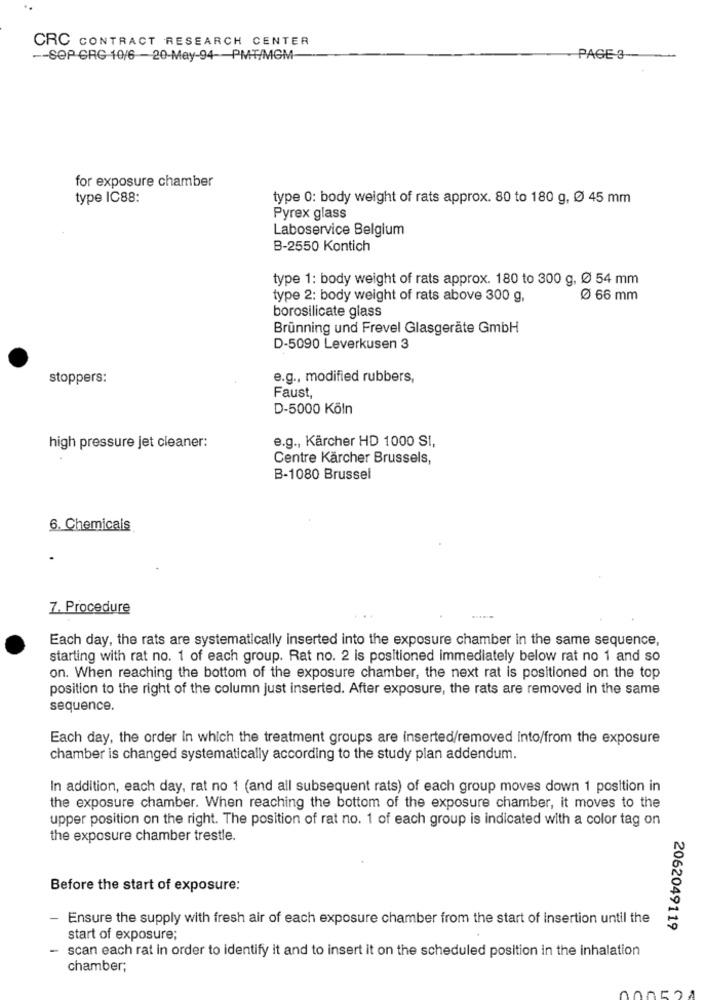
CRC CONTRACT RESEARCH CENTER
-- SOP CRG 10/6 - 20-May-94-PMT/MGM
PAGE 3-
for exposure chamber
type IC88:
type 0: body weight of rats approx. 80 to 180 g, Ø 45 mm
Pyrex glass
Laboservice Belgium
B-2550 Kontich
type 1: body weight of rats approx. 180 to 300 g, Ø 54 mm
type 2: body weight of rats above 300 g,
Ø 66 mm
borosilicate glass
Brunning und Frevel Glasgeräte GmbH
D-5090 Leverkusen 3
stoppers:
e.g ., modified rubbers,
Faust
D-5000 Köln
e.g ., Kärcher HD 1000 SI,
high pressure jet cleaner:
Centre Kärcher Brussels,
B-1080 Brussel
6. Chemicals
.
7. Procedure
Each day, the rats are systematically inserted into the exposure chamber in the same sequence,
starting with rat no. 1 of each group. Rat no. 2 is positioned immediately below rat no 1 and so
on. When reaching the bottom of the exposure chamber, the next rat is positioned on the top
position to the right of the column just inserted. After exposure, the rats are removed in the same
sequence.
Each day, the order In which the treatment groups are inserted/removed into/from the exposure
chamber is changed systematically according to the study plan addendum.
In addition, each day, rat no 1 (and all subsequent rats) of each group moves down 1 position in
the exposure chamber. When reaching the bottom of the exposure chamber, it moves to the
upper position on the right. The position of rat no. 1 of each group is indicated with a color tag on
the exposure chamber trestle.
Before the start of exposure:
- Ensure the supply with fresh air of each exposure chamber from the start of insertion until the
2062049119
start of exposure;
scan each rat in order to identify it and to insert it on the scheduled position in the inhalation
chamber;